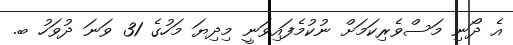
އެ ދޯނި މަސްވެރިކަމަށް ނުކުމެފައިވަނީ މިދިޔަ މަހުގެ 31 ވަނަ ދުވަހު ބ.